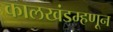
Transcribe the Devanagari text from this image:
कालखंडम्हणून